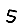
Digit: 5